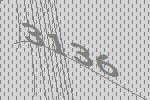
3136